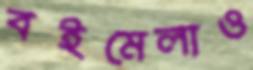
বইমেলাও